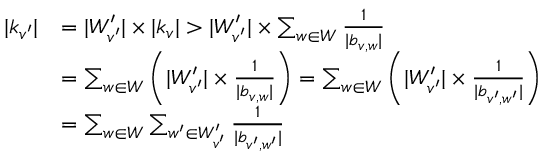
\begin{array} { r l } { | k _ { v ^ { \prime } } | } & { = | W _ { v ^ { \prime } } ^ { \prime } | \times | k _ { v } | > | W _ { v ^ { \prime } } ^ { \prime } | \times \sum _ { w \in W } \frac { 1 } { | b _ { v , w } | } } \\ & { = \sum _ { w \in W } \left( | W _ { v ^ { \prime } } ^ { \prime } | \times \frac { 1 } { | b _ { v , w } | } \right) = \sum _ { w \in W } \left( | W _ { v ^ { \prime } } ^ { \prime } | \times \frac { 1 } { | b _ { v ^ { \prime } , w ^ { \prime } } | } \right) } \\ & { = \sum _ { w \in W } \sum _ { w ^ { \prime } \in W _ { v ^ { \prime } } ^ { \prime } } \frac { 1 } { | b _ { v ^ { \prime } , w ^ { \prime } } | } } \end{array}